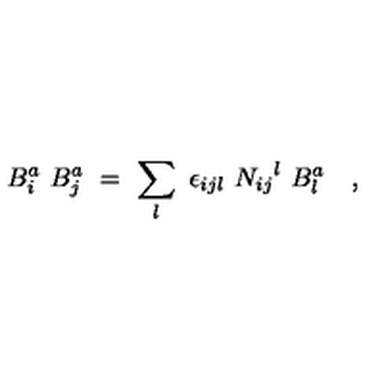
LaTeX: { B } _ { i } ^ { a } \ { B } _ { j } ^ { a } \ = \ \sum _ { l } \ \epsilon _ { i j l } \ { N _ { i j } } ^ { l } \ { B } _ { l } ^ { a } \quad ,